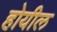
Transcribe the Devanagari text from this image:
होयील